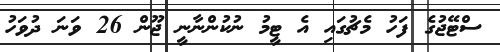
ސްޓޭޖުގެ ފަހު މެޗުގައި އެ ޓީމު ނުކުންނާނީ ޖޫން 26 ވަނަ ދުވަހު